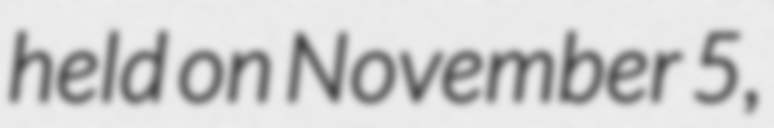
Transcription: held on November 5,